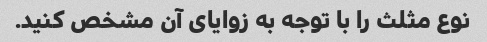
نوع مثلث را با توجه به زوایای آن مشخص کنید.